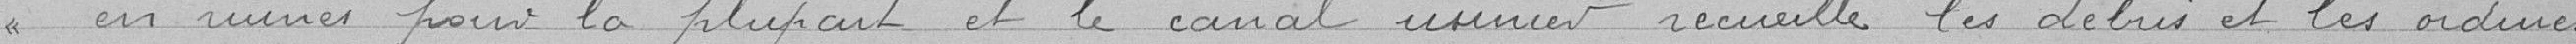
en ruines pour la plupart et le canal usinier recueille les débris et les ordures